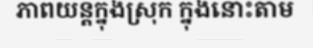
ភាពយន្តក្នុងស្រុក ក្នុងនោះតាម